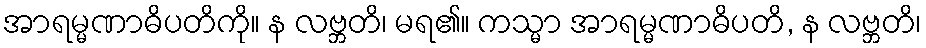
အာရမ္မဏာဓိပတိကို။ န လဗ္ဘတိ၊ မရ၏။ ကသ္မာ အာရမ္မဏာဓိပတိ, န လဗ္ဘတိ၊